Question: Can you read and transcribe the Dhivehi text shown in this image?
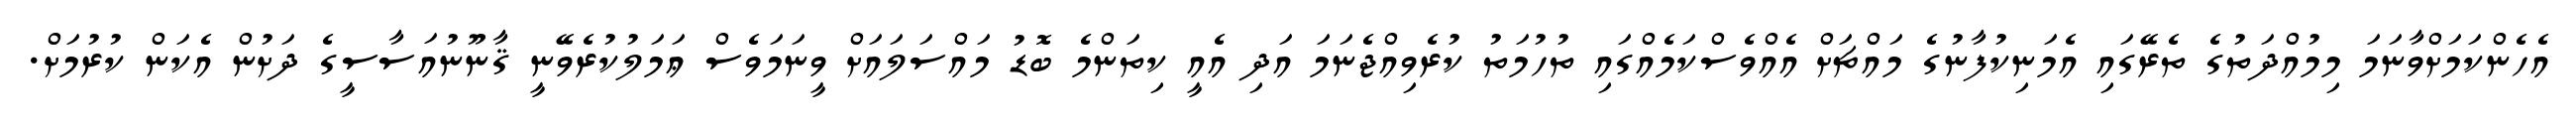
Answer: އެހެންކަމަށްވާނަމަ މިމުއްދަތުގެ ތެރޭގައި އެމަނިކުފާނުގެ މައްޗަށް އެއްވެސްކަމެއްގައި ތުހުމަތު ކުރެވިއްޖެނަމަ އަދި އެއީ ކިތަންމެ ބޮޑު މައްސަލައަށް ވީނަމަވެސް ޢަމަލުކުރެވޭނީ ޤާނޫނުއަސާސީގެ ދަށުން އެކަން ކުރުމަށް.